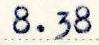
8.38